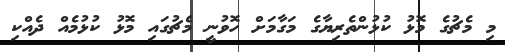
މި މެޗުގެ މޮޅު ކުޅުންތެރިޔާގެ މަގާމަށް ހޮވުނީ މެޗުގައި މޮޅު ކުޅުމެއް ދެއްކި